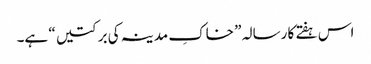
اس ہفتے کا رسالہ ” خاکِ مدینہ کی برکتیں “ ہے۔